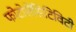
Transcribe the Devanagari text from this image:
फोटोसेंसिटिविटी